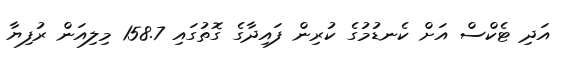
އަދި ޓެކްސް އަށް ކެނޑުމުގެ ކުރިން ފައިދާގެ ގޮތުގައި 158.7 މިލިއަން ރުފިޔާ